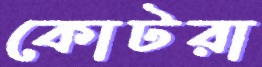
কোটরা